Bréfritari: Soffía Daníelsdóttir
Viðtakandi: Jakobína Magnúsdóttir og Daníel Halldórsson
Dagsetning: A-1903-01-25
Skrifað á: Skeggjastöðum  N-Múl.
Soffía var dóttir Jakobínu og Daníels

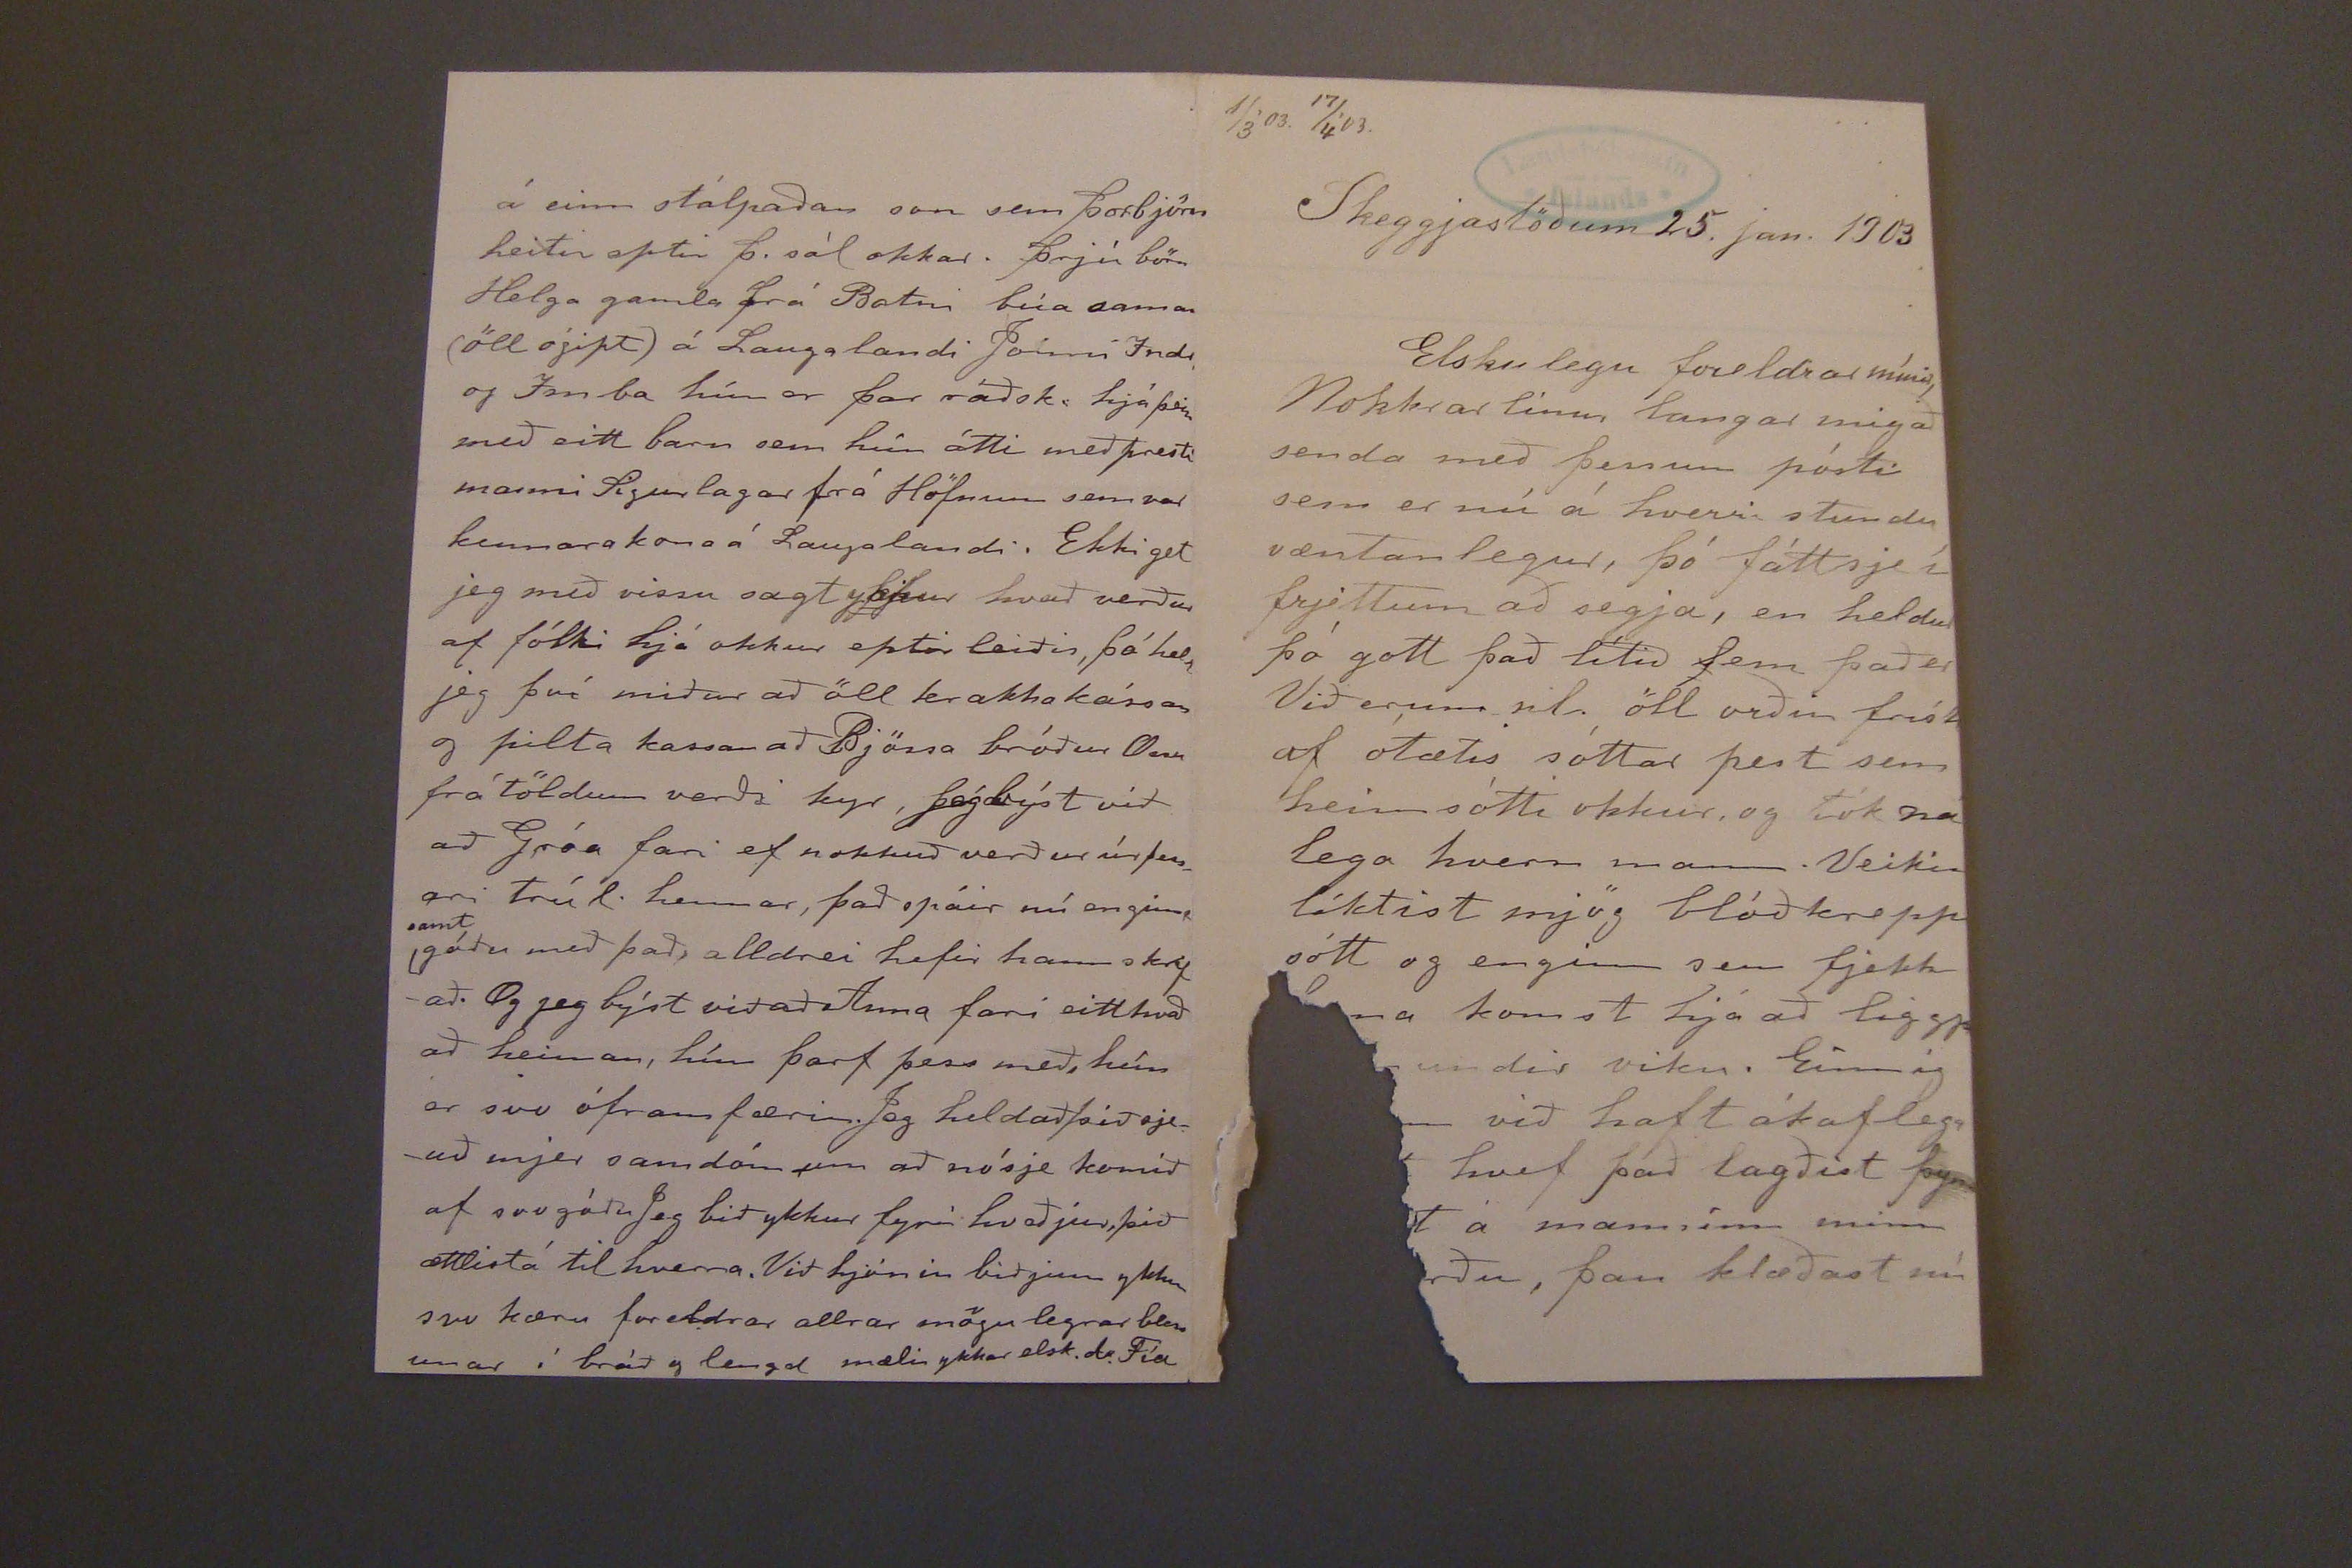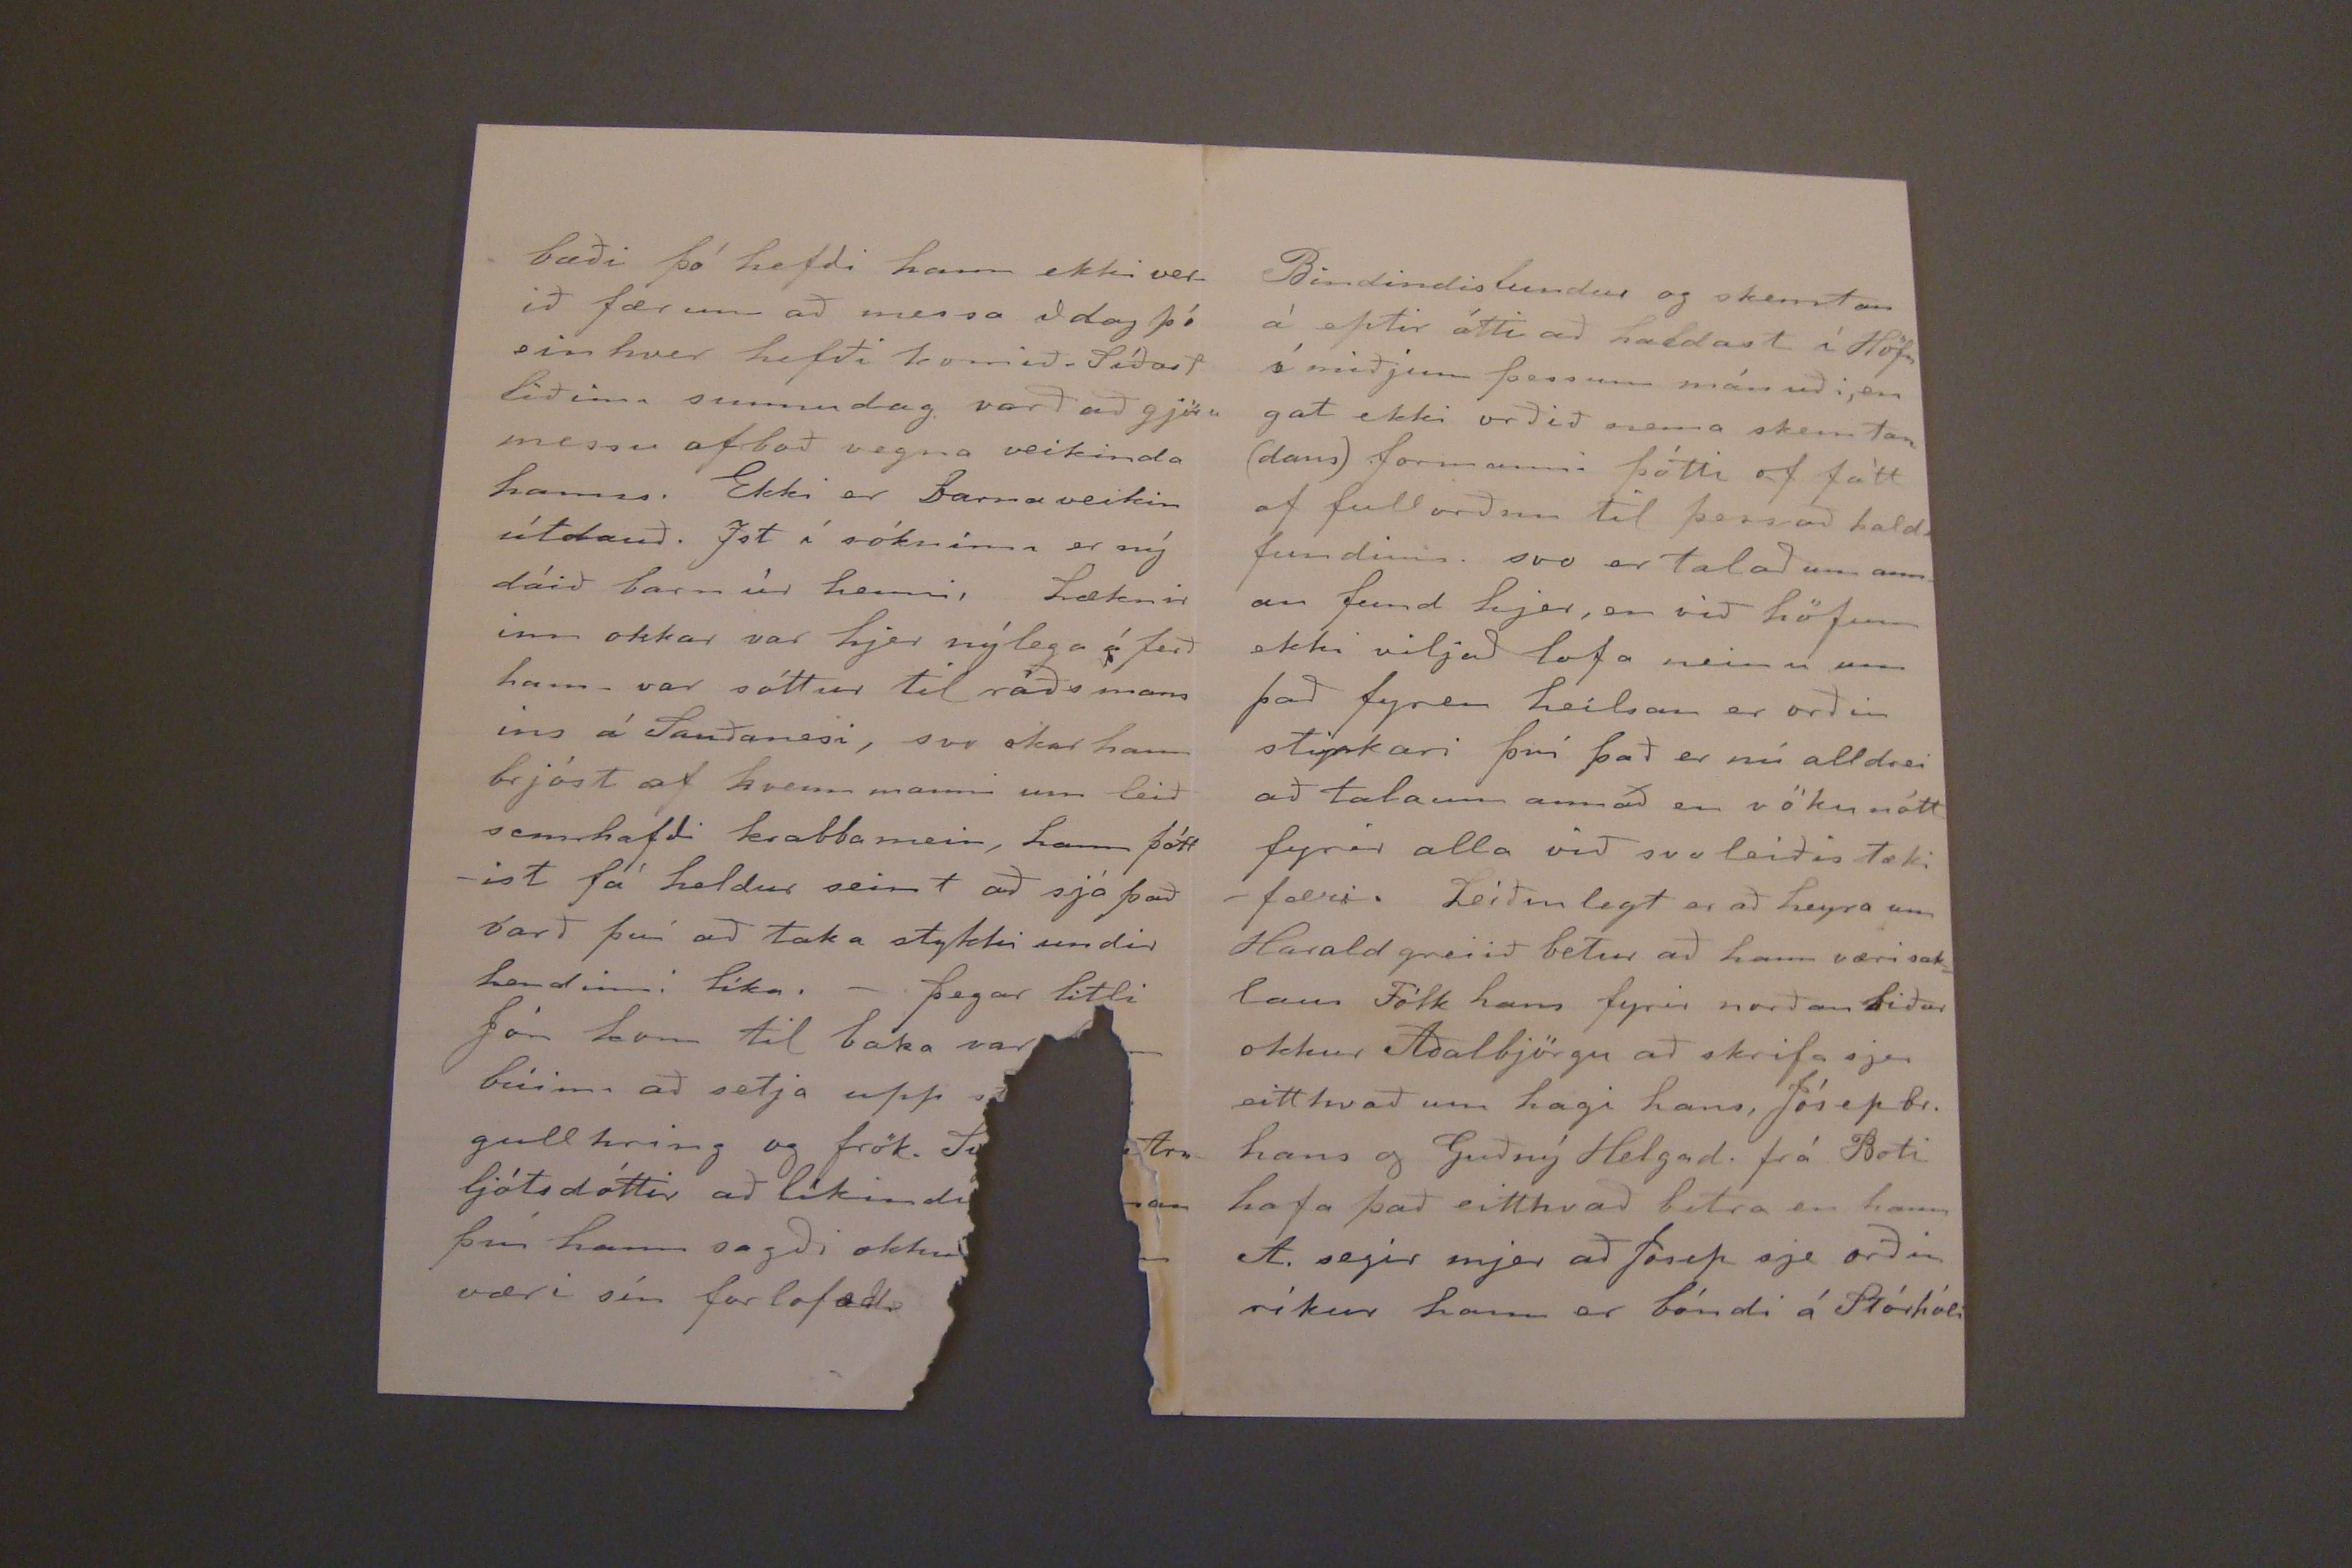

1/3'03. 17/4'03.
Skeggjastöðum 25. jan. 1903
Elskulegu foreldrar mínir,
Nokkrar línur langar mig að senda með þessum pósti sem er nú á hverri stundu væntanlegur, þó fátt sje í frjettum að segja, en heldur þó gott það lítið Sem það er Við erum nl. öll orðin frísk af ótætis sóttar pest sem heimsótti okkur og tók
nálega
hvern mann. Veikin líktist mjög blóðkreppsótt og enginn sem fjekk
ma komst hjá að liggja
undir viku. Einnig (gap) nn við haft ákaflega
hvef það lagðist
þym
t á manninn minn
rðu, þau klæðast nú
bæði þó hefði hann ekki verið færum að messa í dag þó einhver hefði komið. Síðast liðinn sunnudag varð að gjöra messu afboð vegna veikinda hanns. Ekki er Barnaveikin útdauð. Ist í sókninna er ný dáið barn úr henni, Læknir inn okkar var hjer nýlega á ferð hann, var sóttur til ráðs mans ins á Sauðanesi, svo skar hann brjóst af hvenn manni um leið semhafði krabbamein, hann þóttist fá heldur seint að sjá það varð því að taka stykki undir hendinni líka. - þegar litli Jón kom til baka var
búinn að setja upp
gullhring og frök. Sv
Arnljótsdóttir að líkindu
un því hann sagði okkur
væri sín
forlofað
á einn stálpaðan son sem þorbjörn heitir eptir þ. sál okkar. þrjú börn Helga gamla frá Batni búa saman (öll ógipt) á Laugalandi Jonni Indr og Imba hún er þar ráðsk. hjá þeim með eitt barn sem hún átti með presti manni Sigurlagar frá Höfnum sem var kennarakona á Laugalandi. Ekki get jeg með vissu sagt ykkur hvað verður af fólki hjá okkur eptir leiðis, þá held jeg því miður að öll krakkakássan og pilta kassan að Bjössa bróður Ossu frá töldum verði kyr, þógbýst við að Gróa fari ef nokkuð verður úr þessari trúl. hennar, það spáir nú en
ginn
samt
góðu með það, alldrei hefir hann skrifað. Og jeg býst við að Anna fari eitthvað að heiman, hún þarf þess með, hún er svo óframfærin. Jeg held að þið sjeuð mjer samdóm um að nó sje komið af svo góðu Jeg bið ykkur fyrir hveðjur, þið ættlistá til hverra. Við hjónin biðjum ykkur svo kæru foreldrar allrar mögulegrar blessunar í bráð og lengd mælir ykkar elsk. d. Fía
Bindindisfundur og skemtun á eptir átti að haldast í Höfn í miðjum þessum mánuði, en gat ekki orðið nema skemtan (dans) formanni þótti of fátt af fullorðnu til þess að halda fundinn. svo er talað um annan fund hjer, en við höfum ekki viljað lofa neinu um það fyren heílsan er orðin styrkari því það er nú alldrei að tala um annað en vöku nótt fyrir alla við svo leiðis tækifæri. Leiðinlegt er að heyra um Harald greiið betur að hann væri saklaus Fólk hans fyrir norðan biður okkur Aðalbjörgu að skrifa sjer eitthvað um hagi hans, Jósep br. hans og Guðný Helgad. frá Boti hafa það eitthvað betra en hann A. segir mjer að Josep sje orðin ríkur hann er bóndi á Stórhóli